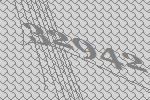
32942